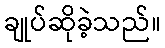
ချုပ်ဆိုခဲ့သည်။